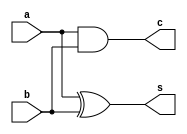
`timescale 1ns / 1ps

module half_adder(
	input a,
	input b,
	output c,
	output s
	);

	assign c = a & b;
	assign s = a ^ b;
 

endmodule //end of half adder